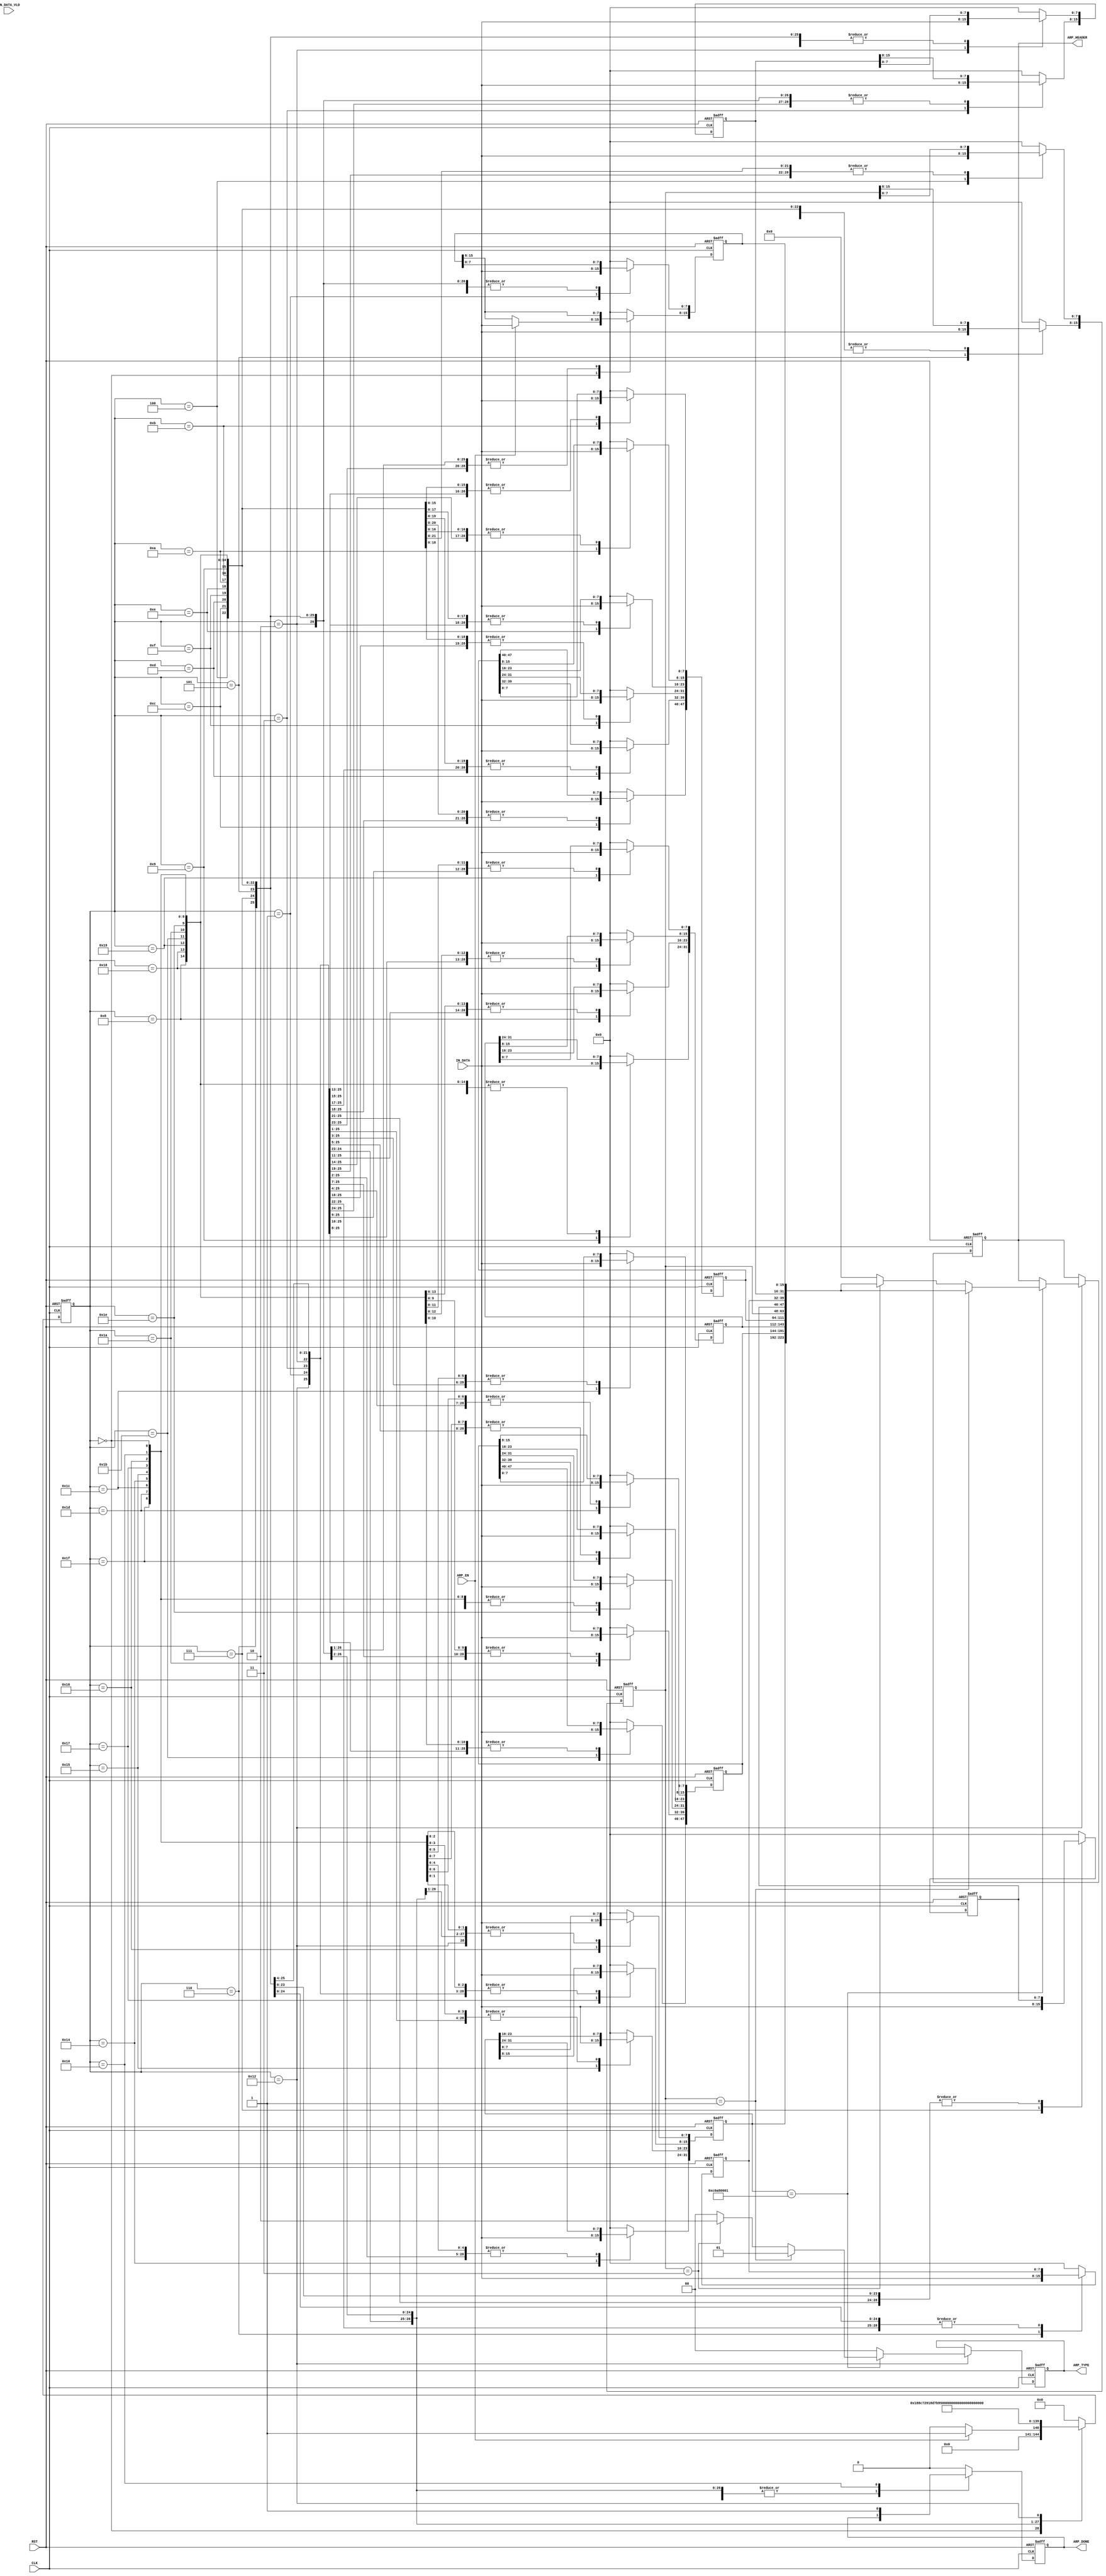
`timescale 1ns / 1ps

/*
  ARP 

    RARP - Reverse ARP,  IP    MAC.             IP , 
,  RARP        RARP ,       IP ,      

  ARP          ARP.
 ,  IP     IP   , ARP     DONE,       
*/

/*
ARP_DECODER
#(
.HTGv6_IP_ADDR 			(),
.HTGv6_MAC_ADDR 		()
)
ARP_DECODER_inst
(
.RST					(),
.CLK				    (),

.IN_DATA				(),				// [63:0]
.IN_DATA_VLD	       	(),

.ARP_EN					(),
.ARP_HEADER             (),
.ARP_DONE				(),    // [28*8-1:0]
);
*/
`define ARP_REQUEST   16'h0001
`define RARP_REQUEST  16'h0003

`define UNSUPPORTED_TYPE_MES    2'b00
`define ARP_TYPE_MES            2'b01
`define RARP_TYPE_MES           2'b10

module ARP_DECODER
#(
parameter HTGv6_IP_ADDR 	= 32'hC0_A8_00_01
)
(
input 				RST,
input 				CLK,

input [7:0]			IN_DATA,
input 				IN_DATA_VLD,

input				 ARP_EN,
output reg [28*8-1:0]ARP_HEADER,
output reg [1:0]     ARP_TYPE,         // 2'b00 -    ,    ,   , 2'b01 - ARP , 2'b10 - RARP ,       
output reg 			 ARP_DONE
);

localparam ARP_BYTE0_ST 	= 5'b00000;
localparam ARP_BYTE1_ST 	= 5'b00001;
localparam ARP_BYTE2_ST 	= 5'b00011;
localparam ARP_BYTE3_ST 	= 5'b00010;
localparam ARP_BYTE4_ST 	= 5'b00110;
localparam ARP_BYTE5_ST 	= 5'b00111;
localparam ARP_BYTE6_ST 	= 5'b00101;
localparam ARP_BYTE7_ST 	= 5'b00100;
localparam ARP_BYTE8_ST 	= 5'b01100;
localparam ARP_BYTE9_ST 	= 5'b01101;
localparam ARP_BYTE10_ST 	= 5'b01111;
localparam ARP_BYTE11_ST  	= 5'b01110;
localparam ARP_BYTE12_ST  	= 5'b01010;
localparam ARP_BYTE13_ST  	= 5'b01011;
localparam ARP_BYTE14_ST  	= 5'b01001;
localparam ARP_BYTE15_ST  	= 5'b01000;
localparam ARP_BYTE16_ST  	= 5'b11000;
localparam ARP_BYTE17_ST  	= 5'b11001;
localparam ARP_BYTE18_ST  	= 5'b11011;
localparam ARP_BYTE19_ST  	= 5'b11010;
localparam ARP_BYTE20_ST  	= 5'b11110;
localparam ARP_BYTE21_ST  	= 5'b11111;
localparam ARP_BYTE22_ST  	= 5'b11101;
localparam ARP_BYTE23_ST  	= 5'b11100;
localparam ARP_BYTE24_ST  	= 5'b10100;
localparam ARP_BYTE25_ST  	= 5'b10101;
localparam ARP_BYTE26_ST  	= 5'b10111;
localparam ARP_BYTE27_ST  	= 5'b10110;
localparam ARP_REQUEST_ST  	= 5'b10010;
localparam ARP_DONE_ST  	= 5'b10000;

(* fsm_encoding = "gray" *)
reg [4:0] ARP_ST;

reg [15:0] ARP_MESS_TYPE;     
reg [47:0] ARP_SRC_PHY_ADDR;	 
reg [31:0] ARP_SRC_IP;
reg [15:0] ARP_HARDW_TYPE;			//    (1 - Ethernet)										// .  " "  498
reg [15:0] ARP_PROT_TYPE;			//    (16h0800 - ARP)
reg [7:0]  ARP_HARDW_ADDR_LEN;		//   ()   ARP = 6  
reg [7:0]  ARP_PROT_ADDR_LEN;		//   (IP)   ARP = 4  
reg [47:0] ARP_DST_PHY_ADDR;				
reg [31:0] ARP_DST_IP;								

always @(posedge CLK or posedge RST)
if (RST)							
begin
	ARP_ST 					<= ARP_BYTE0_ST;
	ARP_HEADER              <= 224'b0;
	ARP_TYPE                <= 2'b0;
	ARP_DONE				<= 1'b0;
	
	ARP_MESS_TYPE           <= 16'b0;		
    ARP_SRC_PHY_ADDR        <= 48'b0;		 
    ARP_SRC_IP              <= 32'b0;
	ARP_HARDW_TYPE 			<= 16'b0;
	ARP_PROT_TYPE   		<= 16'b0;
	ARP_HARDW_ADDR_LEN	    <= 8'b0;
	ARP_PROT_ADDR_LEN		<= 8'b0;
	ARP_DST_PHY_ADDR		<= 48'b0;
	ARP_DST_IP				<= 32'b0;
end
else 
(* parallel_case *)(* full_case *)
case (ARP_ST)
//   ARP_HARDW_TYPE
ARP_BYTE0_ST:				if (ARP_EN)	
								begin
									ARP_ST 						<= ARP_BYTE1_ST;
									ARP_HARDW_TYPE[15:8]		<= IN_DATA;
								    ARP_DONE					<= 1'b0;
								end
							else 					
								begin
									ARP_ST 						<= ARP_BYTE0_ST;
						      		ARP_HARDW_TYPE[15:8]		<= ARP_HARDW_TYPE[15:8];
									ARP_DONE					<= 1'b0;
								end
ARP_BYTE1_ST:				begin
									ARP_ST 						<= ARP_BYTE2_ST;
									ARP_HARDW_TYPE[7:0]		    <= IN_DATA;
							end
//   ARP_PROT_TYPE													
ARP_BYTE2_ST:				begin                                                                          													
									ARP_ST 						<= ARP_BYTE3_ST;                                                     														
									ARP_PROT_TYPE[15:8]		    <= IN_DATA;                                            														
							end  
ARP_BYTE3_ST:				begin                                                                          
									ARP_ST 						<= ARP_BYTE4_ST;                                                     
									ARP_PROT_TYPE[7:0]			<= IN_DATA;                                            
							end     
//   ARP_HARDW_ADDR_LEN		
ARP_BYTE4_ST:				begin                                                                          
									ARP_ST 						<= ARP_BYTE5_ST;                                                     
									ARP_HARDW_ADDR_LEN	        <= IN_DATA;                                            
							end      
//   ARP_PROT_ADDR_LEN
ARP_BYTE5_ST:				begin                                                                          
									ARP_ST 						<= ARP_BYTE6_ST;                                                     
									ARP_PROT_ADDR_LEN		    <= IN_DATA;                                            
							end    
//   ARP_TYPE	
ARP_BYTE6_ST:				begin                                                                          
									ARP_ST 						<= ARP_BYTE7_ST;                                                     													                                                     														
									ARP_MESS_TYPE[15:8]		    <= IN_DATA;                                            														
							end    
ARP_BYTE7_ST:				begin                                                                          			
									ARP_ST						<= ARP_BYTE8_ST;                                                     			
									ARP_MESS_TYPE[7:0]			<= IN_DATA;                                            			
							end                                                                                   			
//   ARP_SRC_PHY_ADDR	
ARP_BYTE8_ST:				begin                                                                          			
									ARP_ST 					    <= ARP_BYTE9_ST;                                                     			
									ARP_SRC_PHY_ADDR[47:40]     <= IN_DATA;                                            			
							end                                                                                   			
ARP_BYTE9_ST:				begin                                                                          			
						      		ARP_ST 						<= ARP_BYTE10_ST;                                                     			
									ARP_SRC_PHY_ADDR[39:32]     <= IN_DATA;                                            			
							end                                                                                   			
ARP_BYTE10_ST:				begin                                                                          			
									ARP_ST 						<= ARP_BYTE11_ST;                                                     			
									ARP_SRC_PHY_ADDR[31:24]     <= IN_DATA;                                            			
						    end                                                                                   			
ARP_BYTE11_ST:				begin                                                                          			
									ARP_ST 						<= ARP_BYTE12_ST;                                                     			
									ARP_SRC_PHY_ADDR[23:16]     <= IN_DATA;                                            			
							end   
ARP_BYTE12_ST:				begin                                                                          			
									ARP_ST 						<= ARP_BYTE13_ST;                                                     			
									ARP_SRC_PHY_ADDR[15:8]	    <= IN_DATA;                                            			
							end                                                                                   			
ARP_BYTE13_ST:				begin
									ARP_ST						<= ARP_BYTE14_ST;
									ARP_SRC_PHY_ADDR[7:0]	    <= IN_DATA; 		
							end
//   	ARP_SRC_IP
ARP_BYTE14_ST:				begin                                                                                    													
									ARP_ST 						<= ARP_BYTE15_ST;                                                               													
									ARP_SRC_IP[31:24]		    <= IN_DATA;                                                      													
							end                                                                                             													
ARP_BYTE15_ST:				begin                                                                          																							
									ARP_ST 						<= ARP_BYTE16_ST;                                                     																							
									ARP_SRC_IP[23:16]		    <= IN_DATA;                                            																							
							end                                                                                             													
ARP_BYTE16_ST:				begin                                                                                    													
									ARP_ST 						<= ARP_BYTE17_ST;                                                               													
									ARP_SRC_IP[15:8]		    <= IN_DATA;                                                      													
							end                                                                                             													
ARP_BYTE17_ST:				begin                                                                                    													
									ARP_ST 						<= ARP_BYTE18_ST;                                                               													
									ARP_SRC_IP[7:0]			    <= IN_DATA;                                                       													
							end   
//   ARP_DST_PHY_ADDR														                                                                                          													
ARP_BYTE18_ST:				begin                                                                                    													
									ARP_ST 						<= ARP_BYTE19_ST;                                                               													
									ARP_DST_PHY_ADDR[47:40]     <= IN_DATA;                                                        													
						    end                                                                                             													
ARP_BYTE19_ST:				begin                                                                                    													
									ARP_ST 						<= ARP_BYTE20_ST;                                                     																							
									ARP_DST_PHY_ADDR[39:32]     <= IN_DATA;                                            																								
							end                                                                                   			       													
ARP_BYTE20_ST:				begin                                                                          			       													
									ARP_ST 						<= ARP_BYTE21_ST;                                                     			       													
									ARP_DST_PHY_ADDR[31:24]     <= IN_DATA;                                            			        													
							end                                                                                   			       													
ARP_BYTE21_ST:				begin                                                                     			       													
									ARP_ST 						<= ARP_BYTE22_ST;                                                     			       													
									ARP_DST_PHY_ADDR[23:16]     <= IN_DATA;                                            			        													
							end                                                                                   			       													
ARP_BYTE22_ST:				begin                                                                          			       													
									ARP_ST 						<= ARP_BYTE23_ST;                                                     			      													
									ARP_DST_PHY_ADDR[15:8]	    <= IN_DATA;                                            			        													
							end                                                                                   			       													
ARP_BYTE23_ST:				begin                                                                          			      													
									ARP_ST 						<= ARP_BYTE24_ST;                                                     			      													
									ARP_DST_PHY_ADDR[7:0]	    <= IN_DATA;                                            			        													
							end        
//   	ARP_DST_IP													                                                                          			       													
ARP_BYTE24_ST:				begin                                                                          			      													
									ARP_ST 						<= ARP_BYTE25_ST;                                                     			      													
									ARP_DST_IP[31:24]			<= IN_DATA;                                            			         													
							end                                                                                             													
ARP_BYTE25_ST:				begin                                                                          			      													
									ARP_ST 						<= ARP_BYTE26_ST;                                                     			    													
									ARP_DST_IP[23:16]			<= IN_DATA;                                            			    													
							end                                                                                   			       													
ARP_BYTE26_ST:				begin                                                                                   													
									ARP_ST						<= ARP_BYTE27_ST;                                                          													
									ARP_DST_IP[15:8]			<= IN_DATA; 		                                                 													
							end                                                                                             													
ARP_BYTE27_ST:				begin                                                                                   																	
							     	ARP_ST						<= ARP_REQUEST_ST;                                                          																	
									ARP_DST_IP[7:0]				<= IN_DATA; 		                                                 																	
							end                                                                                             																	
ARP_REQUEST_ST:			if (ARP_DST_IP == HTGv6_IP_ADDR)
							begin
							 if (ARP_MESS_TYPE == `ARP_REQUEST) 
									begin     
									   ARP_ST				    <= ARP_DONE_ST;
									   ARP_TYPE                 <= `ARP_TYPE_MES;
									   ARP_HEADER               <= {ARP_DST_IP,ARP_DST_PHY_ADDR,ARP_SRC_IP,ARP_SRC_PHY_ADDR,ARP_MESS_TYPE,ARP_PROT_ADDR_LEN,ARP_HARDW_ADDR_LEN,ARP_PROT_TYPE,ARP_HARDW_TYPE};  
				    				end         
						     else if (ARP_MESS_TYPE == `RARP_REQUEST) 
						     	     begin     
                                	   ARP_ST				    <= ARP_DONE_ST;
                             		   ARP_TYPE                 <= `RARP_TYPE_MES;
                             		   ARP_HEADER               <= {ARP_DST_IP,ARP_DST_PHY_ADDR,ARP_SRC_IP,ARP_SRC_PHY_ADDR,ARP_MESS_TYPE,ARP_PROT_ADDR_LEN,ARP_HARDW_ADDR_LEN,ARP_PROT_TYPE,ARP_HARDW_TYPE};  
                                 	 end
						     else 	      
									begin	
									   ARP_ST					<= ARP_DONE_ST;
									   ARP_TYPE                 <= `UNSUPPORTED_TYPE_MES;
									   ARP_HEADER               <= 224'b0;   
									end
							end
    					else	
    					   begin
    						   ARP_ST				    <= ARP_DONE_ST;
    						   ARP_TYPE                 <= `UNSUPPORTED_TYPE_MES;
    					       ARP_HEADER               <= ARP_HEADER;              
    					   end	                                               			

ARP_DONE_ST:            begin   		
				    					ARP_DONE				<= 1'b1;
				    					ARP_HEADER              <= ARP_HEADER;
										ARP_ST 					<= ARP_BYTE0_ST;
						end					
default:
						begin
						  ARP_ST 					      <= ARP_BYTE0_ST;
                          ARP_HEADER                      <= ARP_HEADER;  
                          ARP_TYPE                        <= ARP_TYPE;
                          ARP_DONE						  <= 1'b0;
                           
                    								
						  ARP_HARDW_TYPE 			      <= 16'b0;
                          ARP_PROT_TYPE   				  <= 16'b0;
                          ARP_HARDW_ADDR_LEN	          <= 8'b0;
                          ARP_PROT_ADDR_LEN		          <= 8'b0;
						  ARP_MESS_TYPE                   <= 16'b0;
                          ARP_SRC_PHY_ADDR                <= 48'b0;		 
                          ARP_SRC_IP                      <= 32'b0;
						  ARP_DST_PHY_ADDR			      <= 48'b0;
						  ARP_DST_IP					  <= 32'b0;
						end
						
endcase


/*
//////////////////////////////////////////////////////////////////////////////////////////////////////////////////////////////////////////////////////////////////////////////////////////////////////////////////////////////////////////
/////////////////////////////////////////////////////////////////////////////////////////////////  CHIP SCOPE ///////////////////////////////////////////////////////////////////////////////////////////////////////
//////////////////////////////////////////////////////////////////////////////////////////////////////////////////////////////////////////////////////////////////////////////////////////////////////////////////////////////////////////
wire [35:0] CONTROL0;
	    
	     chipscope_icon_v1_06_a_0 ICON
	(	    .CONTROL0			(CONTROL0)	);
	
	chipscope_ila_v1_05_a_0 ILA
	(
	    .CONTROL	    (CONTROL0), // INOUT BUS [35:0]
	    .CLK			(CLK), // IN
	    
	    .TRIG0			({ARP_HEADER[54:0],ARP_ST,ARP_TYPE,ARP_DONE,ARP_EN}), // IN BUS [63:0]
	    .TRIG1			({ARP_HEADER[8*8+55-1:55]}) // IN BUS [63:0]
	);
*/
endmodule